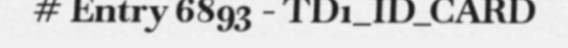
# Entry 6893 - TD1_ID_CARD